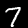
Label: 7